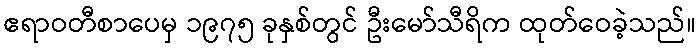
ဧရာဝတီစာပေမှ ၁၉၇၅ ခုနှစ်တွင် ဦးမော်သီရိက ထုတ်ဝေခဲ့သည်။